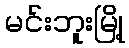
မင်းဘူးမြို့